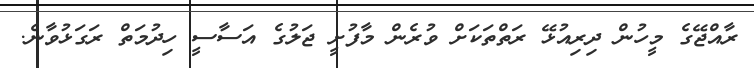
ރާއްޖޭގެ މީހުން ދިރިއުޅޭ ރަތްތަކަށް ވުރެން މާފުށީ ޖަލުގެ އަސާސީ ހިދުމަތް ރަގަޅުވާނެ.